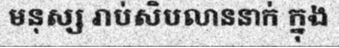
មនុស្ស រាប់សិបលាននាក់ ក្នុង